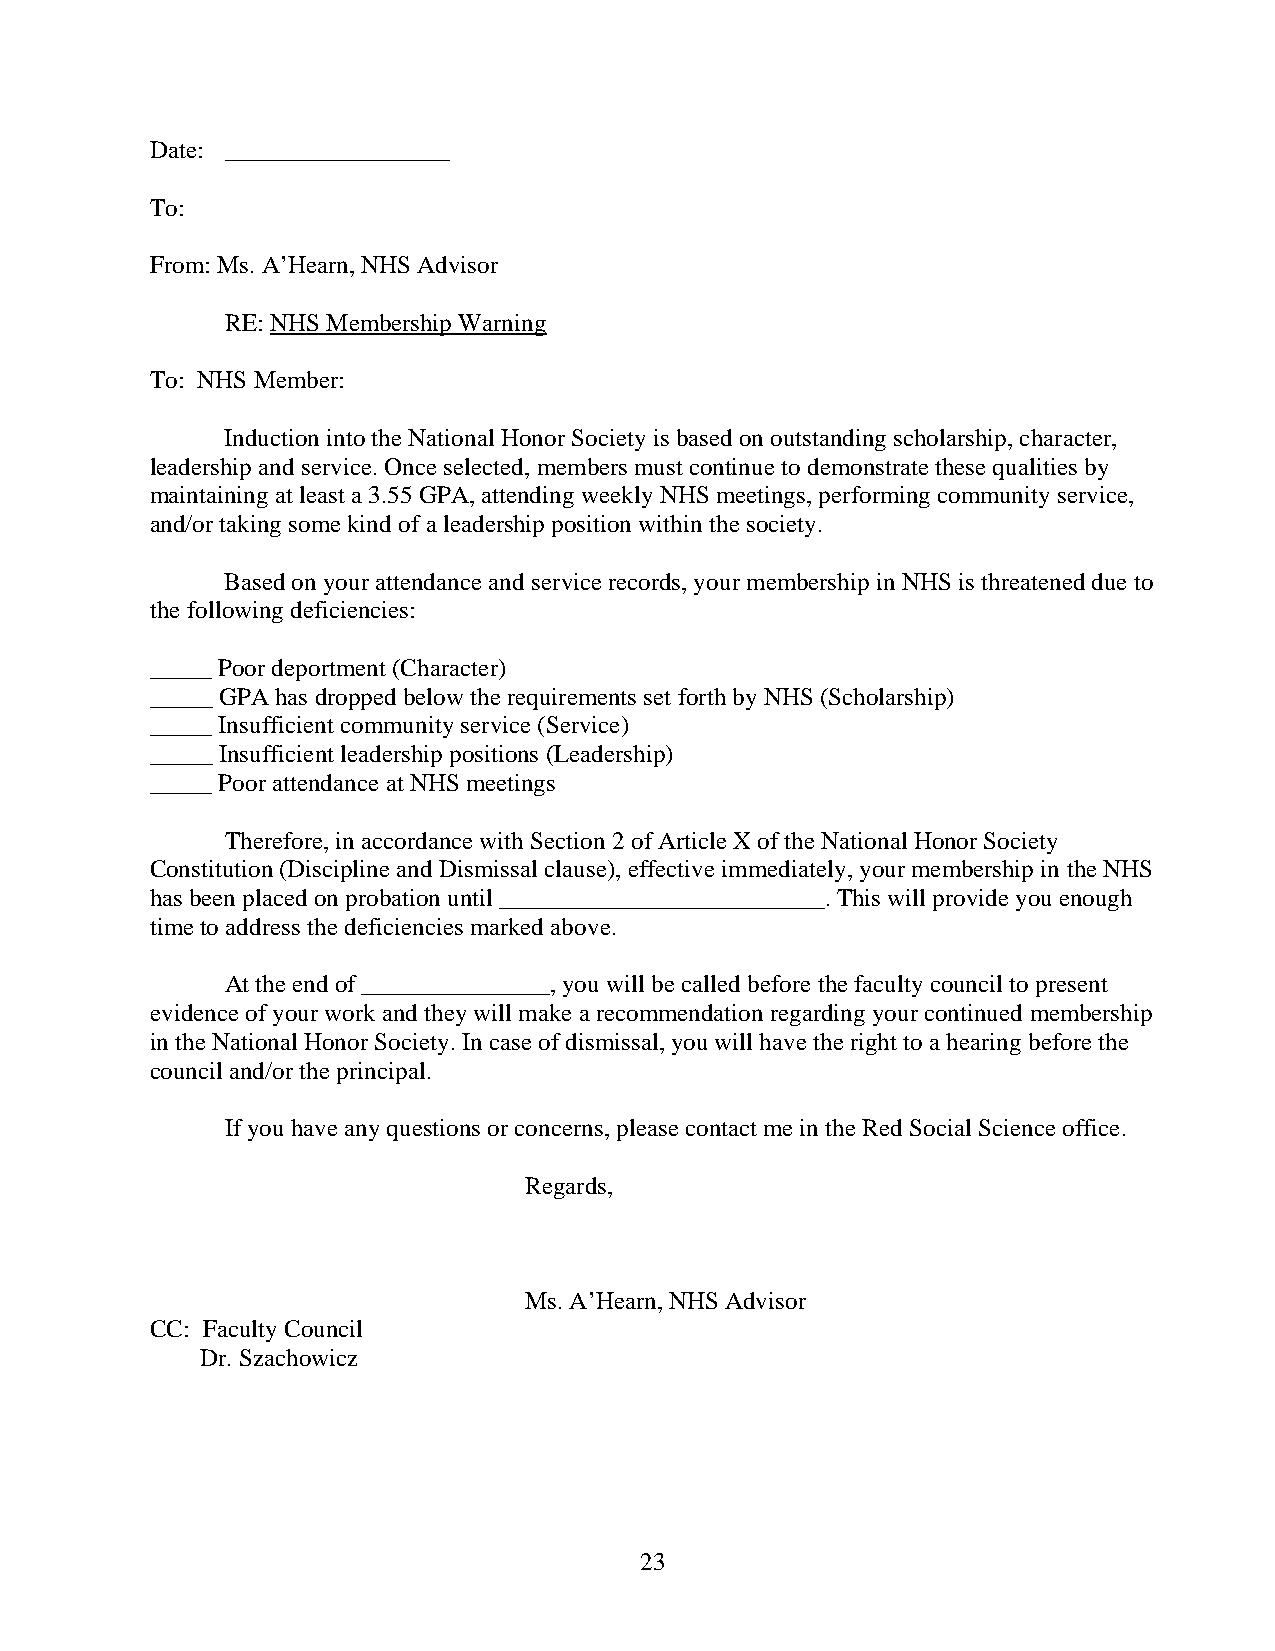
Date: __________________
 To:
 From: Ms. A’Hearn, NHS Advisor
 RE: NHS Membership Warning
 To: NHS Member:
 Induction into the National Honor Society is based on outstanding scholarship, character,
 leadership and service. Once selected, members must continue to demonstrate these qualities by
 maintaining at least a 3.55 GPA, attending weekly NHS meetings, performing community service,
 and/or taking some kind of a leadership position within the society.
 Based on your attendance and service records, your membership in NHS is threatened due to
 the following deficiencies:
 _____ Poor deportment (Character)
 _____ GPA has dropped below the requirements set forth by NHS (Scholarship)
 _____ Insufficient community service (Service)
 _____ Insufficient leadership positions (Leadership)
 _____ Poor attendance at NHS meetings
 Therefore, in accordance with Section 2 of Article X of the National Honor Society
 Constitution (Discipline and Dismissal clause), effective immediately, your membership in the NHS
 has been placed on probation until __________________________. This will provide you enough
 time to address the deficiencies marked above.
 At the end of _______________, you will be called before the faculty council to present
 evidence of your work and they will make a recommendation regarding your continued membership
 in the National Honor Society. In case of dismissal, you will have the right to a hearing before the
 council and/or the principal.
 If you have any questions or concerns, please contact me in the Red Social Science office.
 Regards,
 Ms. A’Hearn, NHS Advisor
 CC: Faculty Council
 Dr. Szachowicz
 23